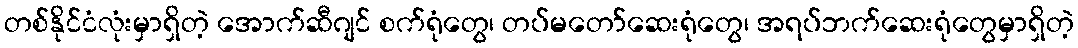
တစ်နိုင်ငံလုံးမှာရှိတဲ့ အောက်ဆီဂျင် စက်ရုံတွေ၊ တပ်မတော်ဆေးရုံတွေ၊ အရပ်ဘက်ဆေးရုံတွေမှာရှိတဲ့